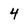
Character: 4